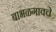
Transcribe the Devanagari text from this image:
बाभळगावचे